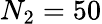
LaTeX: N_{2}=50